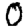
Digit: 0